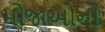
મોજાઓનો